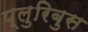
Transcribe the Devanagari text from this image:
प्लुरिबुस